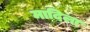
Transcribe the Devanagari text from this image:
मादिला